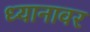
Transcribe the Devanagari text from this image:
ध्यानावर